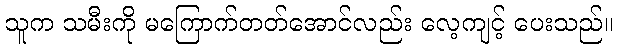
သူက သမီးကို မကြောက်တတ်အောင်လည်း လေ့ကျင့် ပေးသည်။